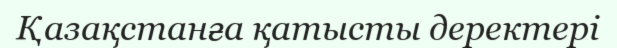
Қазақстанға қатысты деректері